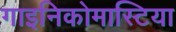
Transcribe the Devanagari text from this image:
गाइनिकोमास्टिया